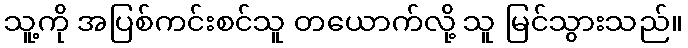
သူ့ကို အပြစ်ကင်းစင်သူ တယောက်လို့ သူ မြင်သွားသည်။